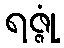
ရဇ္ဇုံ